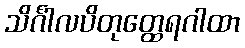
သိင်္ဂါလပိတုတ္ထေရဂါထာ